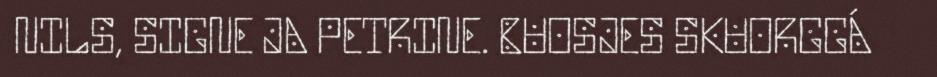
NILS, SIGNE JA PETRINE. BUOSJES SKUORGGÁ